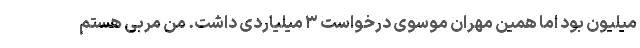
میلیون بود اما همین مهران موسوی درخواست ٣ میلیاردی داشت. من مربی هستم